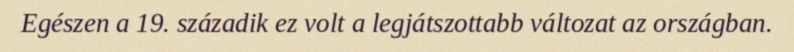
Egészen a 19. századik ez volt a legjátszottabb változat az országban.